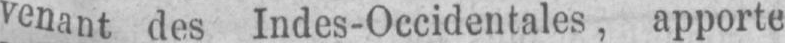
venant des Indes-Occidentales, apporte